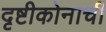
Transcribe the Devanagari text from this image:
दृष्टीकोनाची